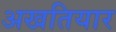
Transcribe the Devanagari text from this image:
अखतियार